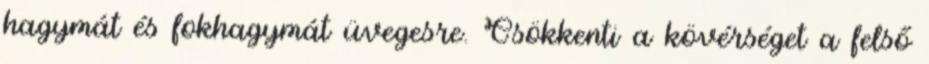
hagymát és fokhagymát üvegesre. Csökkenti a kövérséget a felső